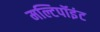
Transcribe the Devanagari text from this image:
मल्टिपॉइंट